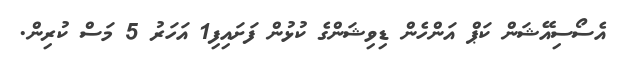
އެސޯސިއޭޝަން ކަޕް އަންހެން ޑިވިޝަންގެ ކުޅުން ފަށައިފި1 އަހަރު 5 މަސް ކުރިން.